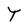
Character: t